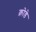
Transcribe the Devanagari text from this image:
क़ोडे